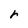
Character: r